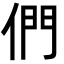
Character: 們